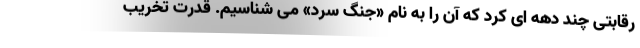
رقابتی چند دهه ای کرد که آن را به نام «جنگ سرد» می شناسیم. قدرت تخریب